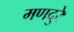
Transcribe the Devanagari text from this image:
मणदुरे